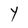
Character: Y